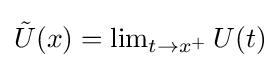
{\textstyle {\tilde {U}}(x)=\lim _{t\to x^{+}}U(t)}